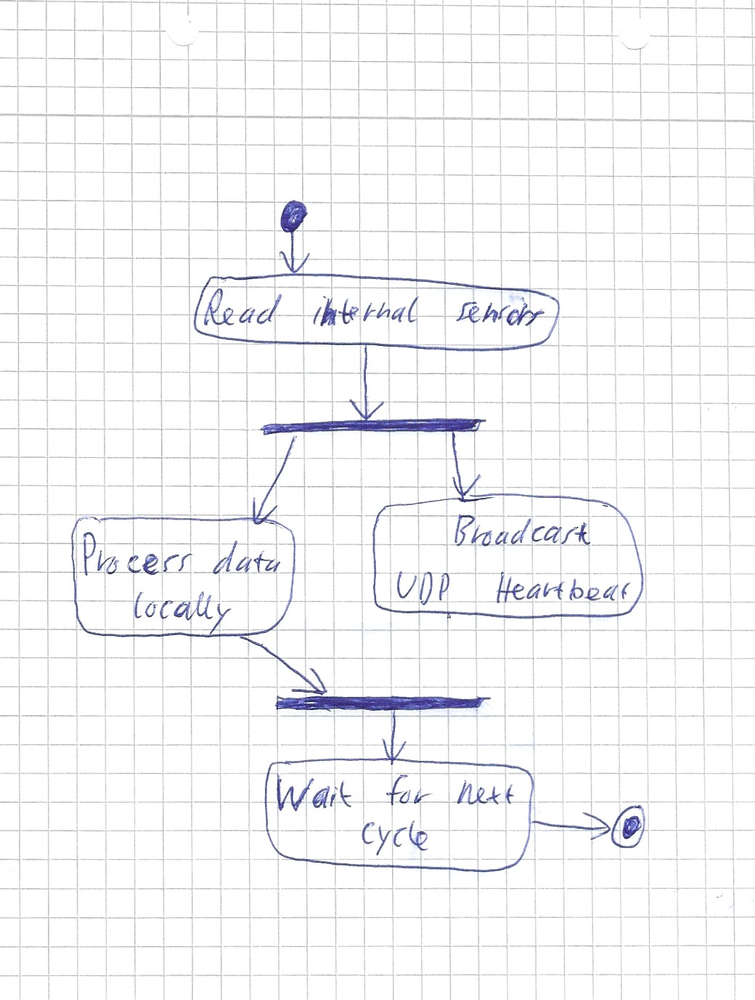
Diagram type: activity_diagram
```plantuml
@startuml

start
:Read internal sensors;
fork
  :Process data locally;
fork again
  :Broadcast UDP Heartbeat;
  detach
end fork
:Wait for next cycle;
stop

@enduml
```